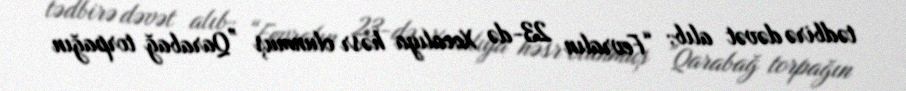
tədbirə dəvət alıb: “Fevralın 23-də Xocalıya həsr olunmuş ”Qarabağ torpağın